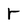
Character: r